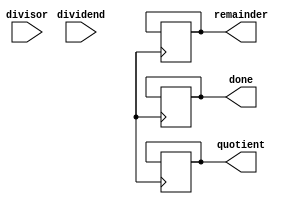
module non_restoring_divider (
    input wire [15:0] dividend,
    input wire [15:0] divisor,
    output reg [15:0] quotient,
    output reg [15:0] remainder,
    output reg done
);

reg [15:0] t_remainder;
reg [15:0] t_quotient;
reg [3:0] count;

always @(posedge clk) begin
    if (!done) begin
        if (count < 16) begin
            count <= count + 1;
            t_remainder <= {t_remainder[14:0], t_remainder[15]};
            t_remainder <= t_remainder - divisor;

            if (t_remainder[15] == 1'b1) begin
                t_remainder <= t_remainder + divisor;
                t_quotient[count] <= 1'b0;
            end else begin
                t_quotient[count] <= 1'b1;
            end
        end

        if (count == 16) begin
            quotient <= t_quotient;
            remainder <= t_remainder;
            done <= 1'b1;
        end
    end
end

endmodule